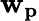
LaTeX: \mathbf{w}_{\mathbf{{p}}}